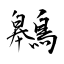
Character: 鷎